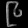
Digit: ၉